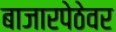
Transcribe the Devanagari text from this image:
बाजारपेठेवर